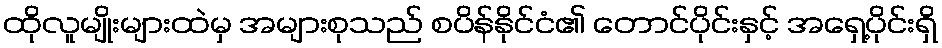
ထိုလူမျိုးများထဲမှ အများစုသည် စပိန်နိုင်ငံ၏ တောင်ပိုင်းနှင့် အရှေ့ပိုင်းရှိ